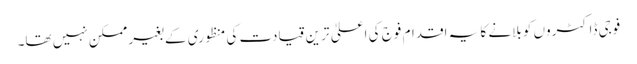
فوجی ڈاکٹروں کو بلانے کا یہ اقدام فوج کی اعلیٰ ترین قیادت کی منظوری کے بغیر ممکن نہیں تھا۔